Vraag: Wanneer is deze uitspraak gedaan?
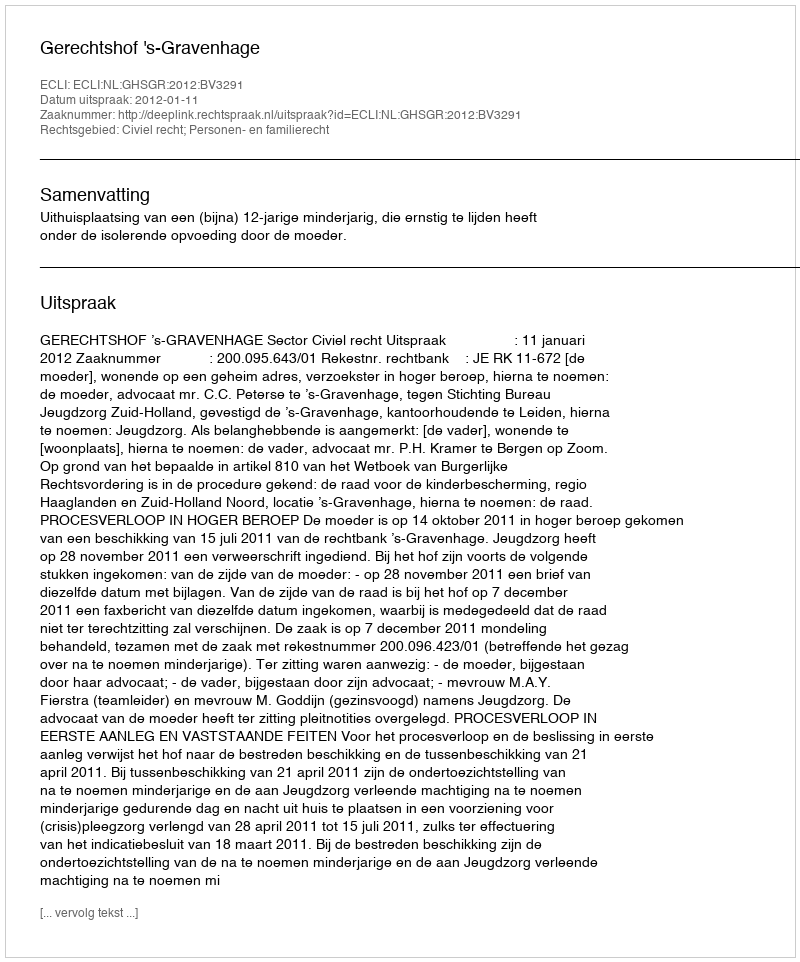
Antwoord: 2012-01-11